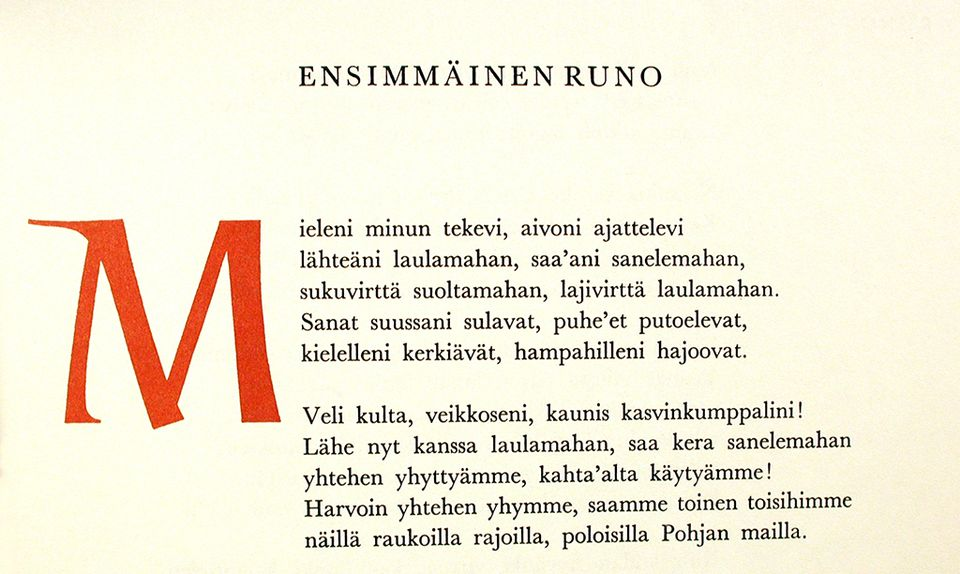
Language: fn